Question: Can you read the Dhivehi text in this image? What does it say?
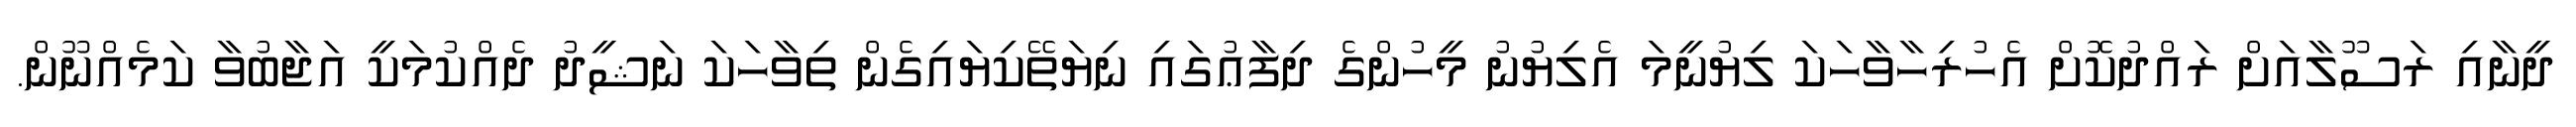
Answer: ދީނާއި ރަސޫލާއަށް ރައްދުކޮށް އެހުރިހާވާހަކަ ލިޔުނީމަ އެލިޔުނު މީހުންގެ ދިފާޢުގައި ނިޔަތޭކިޔައިގެން ތިވާހަކަ ނަޝީދު ދެއްކުމަކީ އަޖާބުވާ ކަމެއްނޫން.